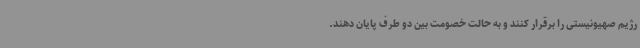
رژیم صهیونیستی را برقرار کنند و به حالت خصومت بین دو طرف پایان دهند.